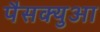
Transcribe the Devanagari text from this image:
पैसक्युआ